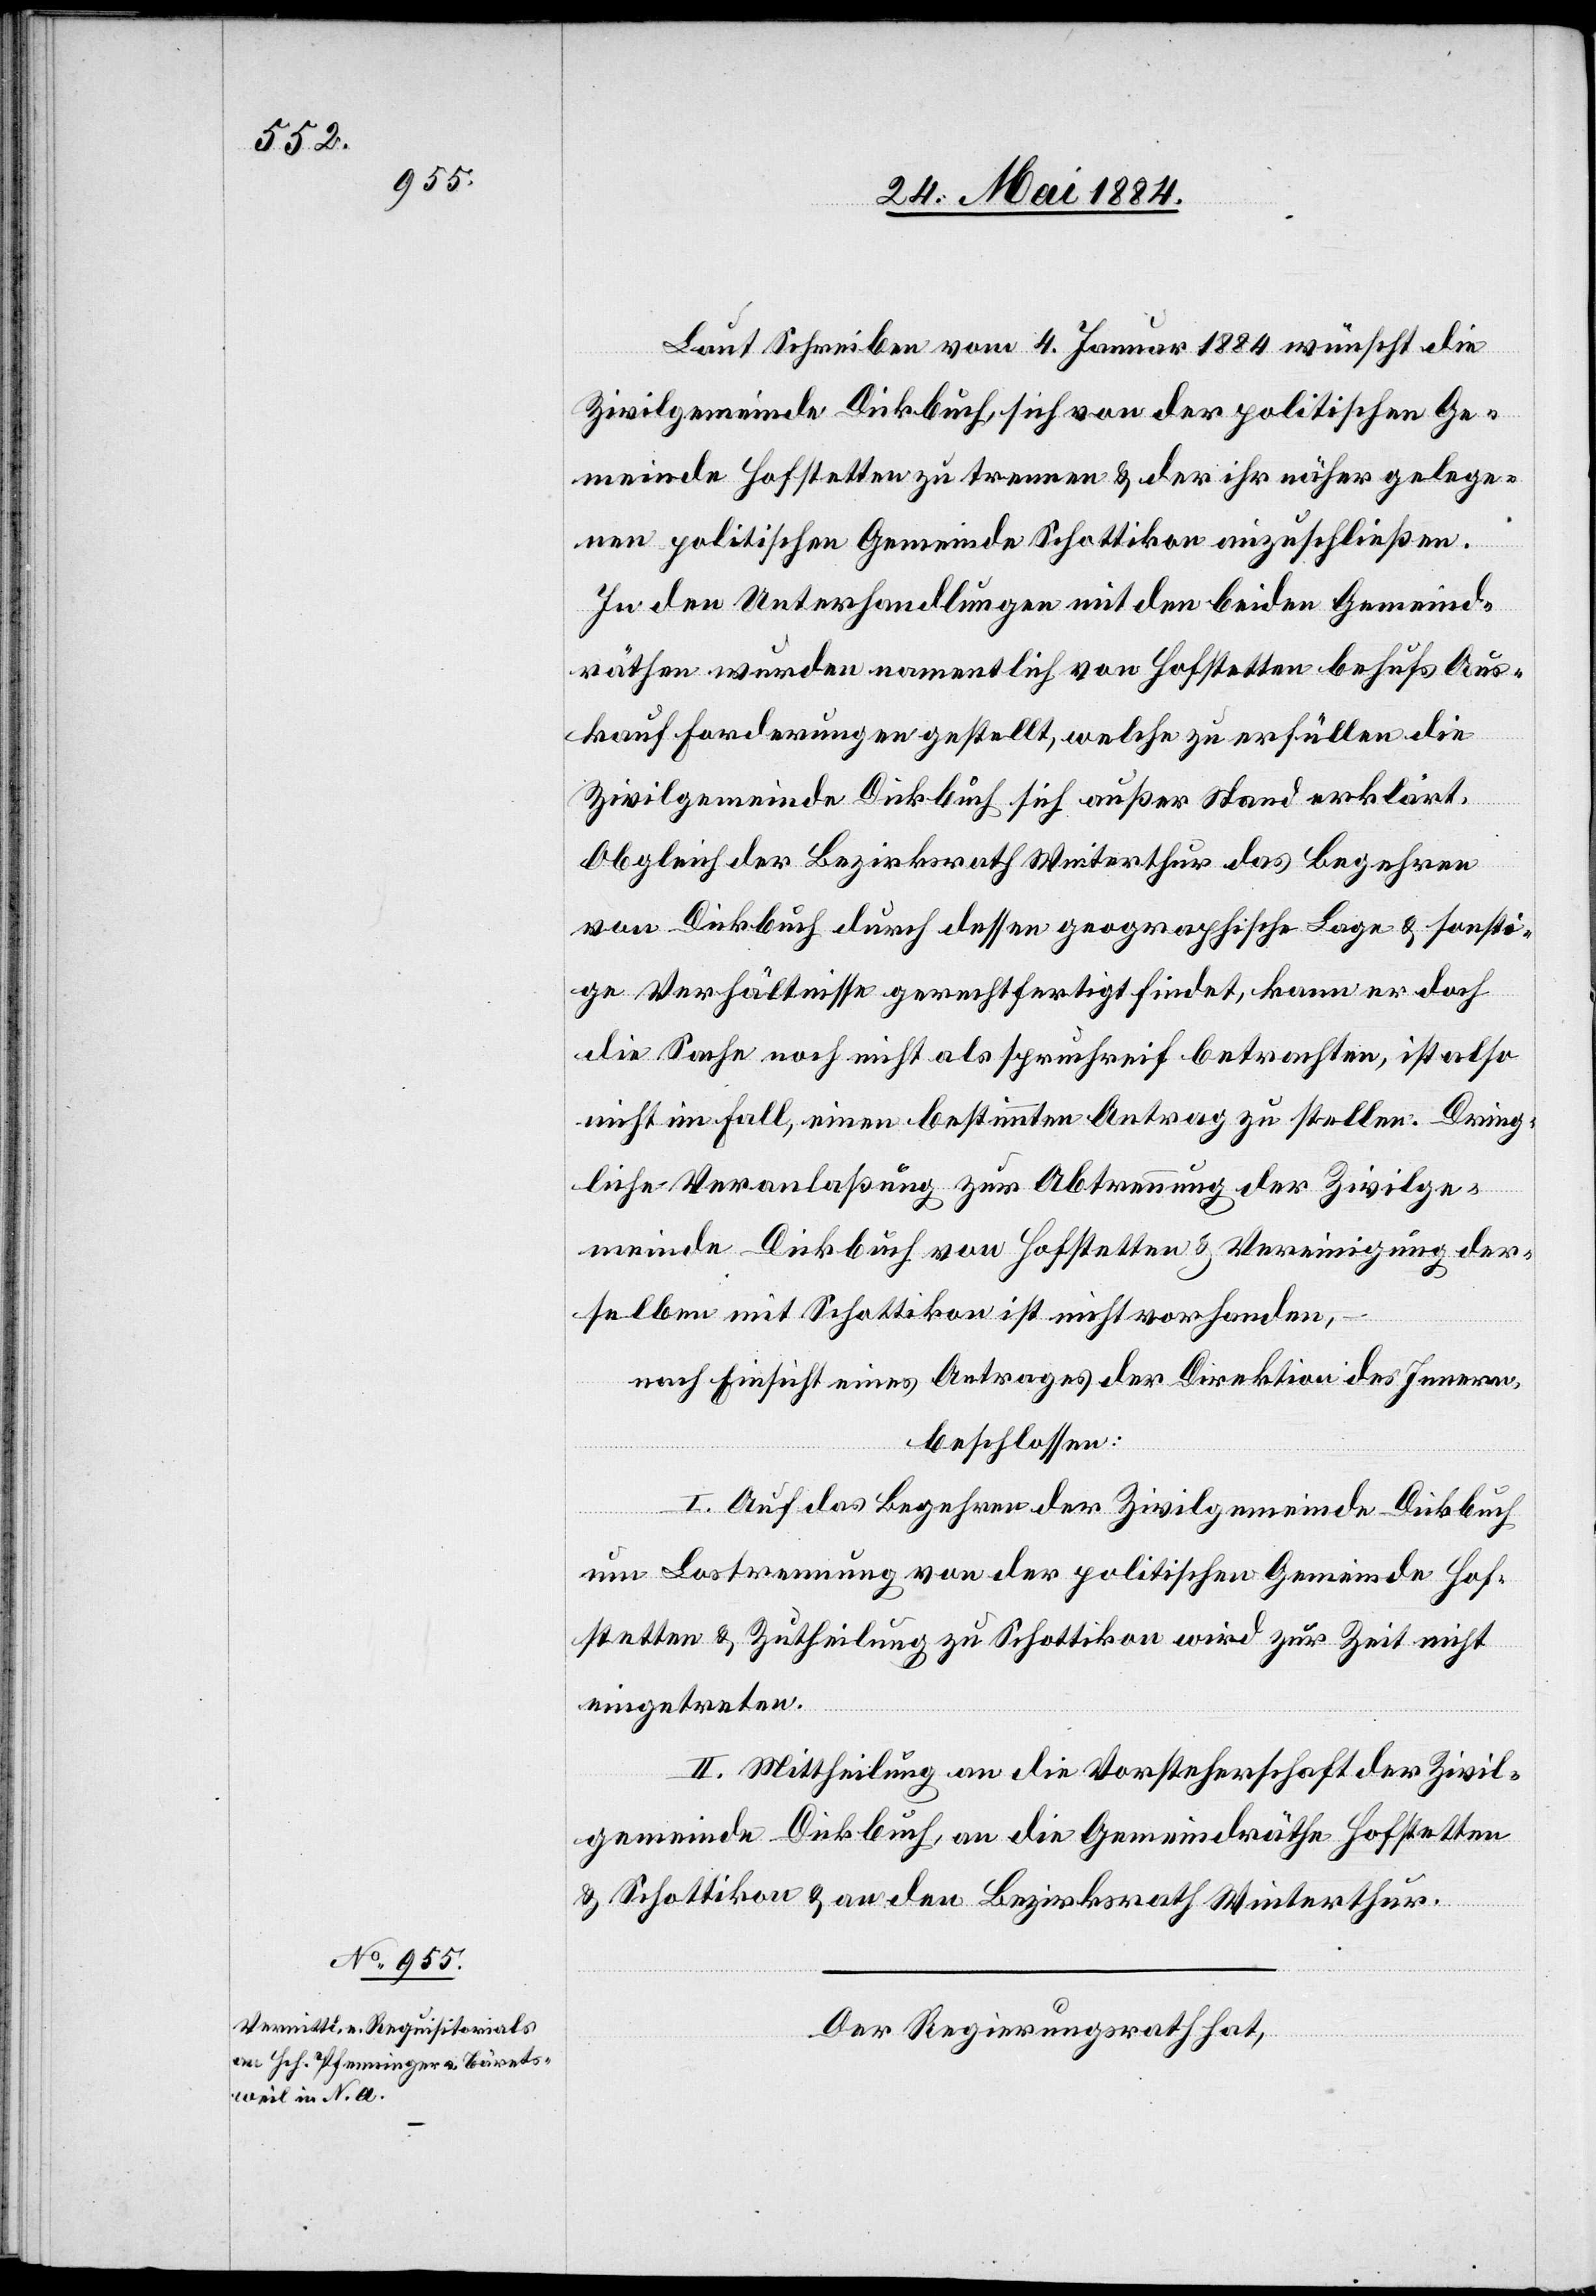
Laut Schreiben vom 4. Januar 1884 wünscht die
Zivilgemeinde Dickbuch sich von der politischen Ge¬
meinde Hofstetten zu trennen & der ihr näher gelege¬
nen politischen Gemeinde Schottikon anzuschließen.
In den Unterhandlungen mit den beiden Gemeind¬
räthen wurden namentlich von Hofstetten behufs Aus¬
kauf Forderungen gestellt, welche zu erfüllen die
Zivilgemeinde Dickbuch sich außer Stande erklärt.
Obgleich der Bezirksrath Winterthur das Begehren
von Dickbuch durch dessen geographische Lage & sonsti¬
ge Verhältnisse gerechtfertigt findet, kann er doch
die Sache noch nicht als spruchreif betrachten, ist also
nicht im Fall, einen bestimmten Antrag zu stellen. Dring¬
liche Veranlaßung zur Abtrennung der Zivilge¬
meinde Dickbuch von Hofstetten & Vereinigung der¬
selben mit Schottikon ist nicht vorhanden,
nach Einsicht eines Antrages der Direktion des Innern,
beschlossen:
I. Auf das Begehren der Zivilgemeinde Dickbuch
um Lostrennung von der politischen Gemeinde Hof¬
stetten & Zutheilung zu Schottikon wird zur Zeit nicht
eingetreten.
II. Mittheilung an die Vorsteherschaft der Zivil¬
gemeinde Dickbuch, an die Gemeindräthe Hofstetten
& Schottikon & an den Bezirksrath Winterthur.
Der Regierungsrath hat,